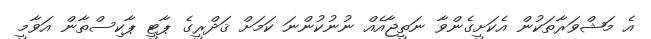
އެ މަޝްވަރާތަކުން އެކަށީގެންވާ ނަތީޖާއެއް ނުނުކުންނަ ކަމަށް ޤަދްރީގެ ޕާޓީ ޕާކިސްތާން އަވާމީ